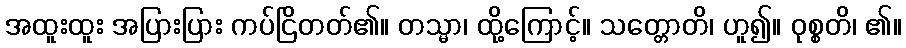
အထူးထူး အပြားပြား ကပ်ငြိတတ်၏။ တသ္မာ၊ ထို့ကြောင့်။ သတ္တောတိ၊ ဟူ၍။ ဝုစ္စတိ၊ ၏။